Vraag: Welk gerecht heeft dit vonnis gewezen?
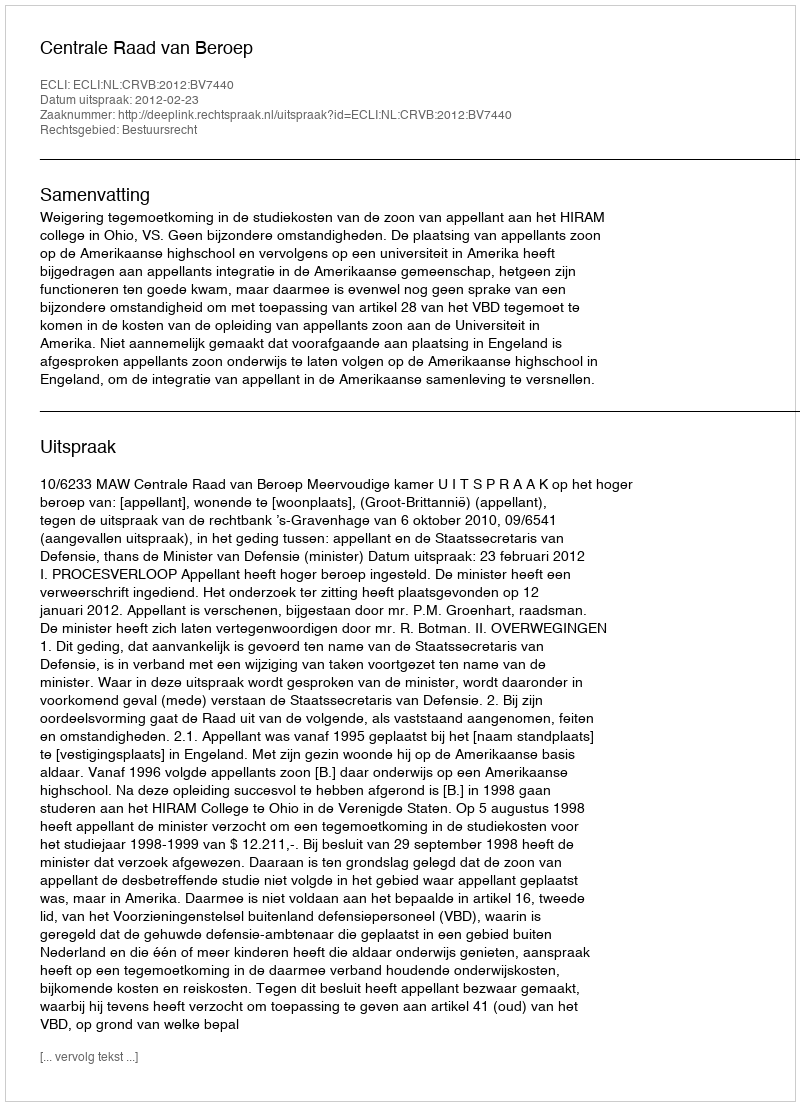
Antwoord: Centrale Raad van Beroep